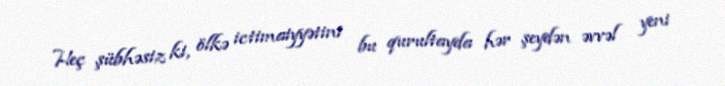
Heç şübhəsiz ki, ölkə ictimaiyyətini bu qurultayda hər şeydən əvvəl yeni